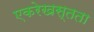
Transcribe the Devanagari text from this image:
एकरेखस्तता